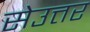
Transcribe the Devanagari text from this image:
सेउत्तर